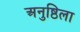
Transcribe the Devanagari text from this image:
अनुष्ठिला